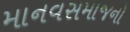
માનવસમાજનો